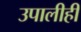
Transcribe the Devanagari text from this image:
उपालीही